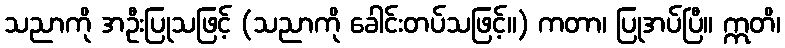
သညာကို အဦးပြုသဖြင့် (သညာကို ခေါင်းတပ်သဖြင့်။) ကတာ၊ ပြုအပ်ပြီ။ ဣတိ၊